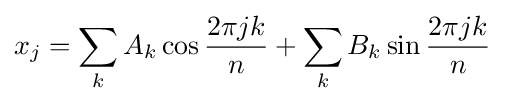
x_{j}=\sum _{k}A_{k}\cos {\frac {2\pi jk}{n}}+\sum _{k}B_{k}\sin {\frac {2\pi jk}{n}}